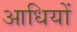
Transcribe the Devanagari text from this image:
आधियों